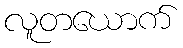
လူတယောက်